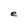
Character: e